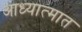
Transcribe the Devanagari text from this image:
आध्यात्मात